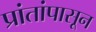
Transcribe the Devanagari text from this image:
प्रांतांपासून